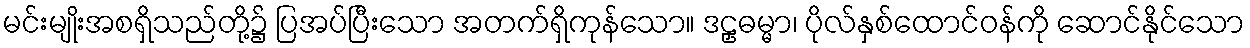
မင်းမျိုးအစရှိသည်တို့၌ ပြအပ်ပြီးသော အတက်ရှိကုန်သော။ ဒဠှဓမ္မာ၊ ပိုလ်နှစ်ထောင်ဝန်ကို ဆောင်နိုင်သော